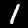
Label: 1